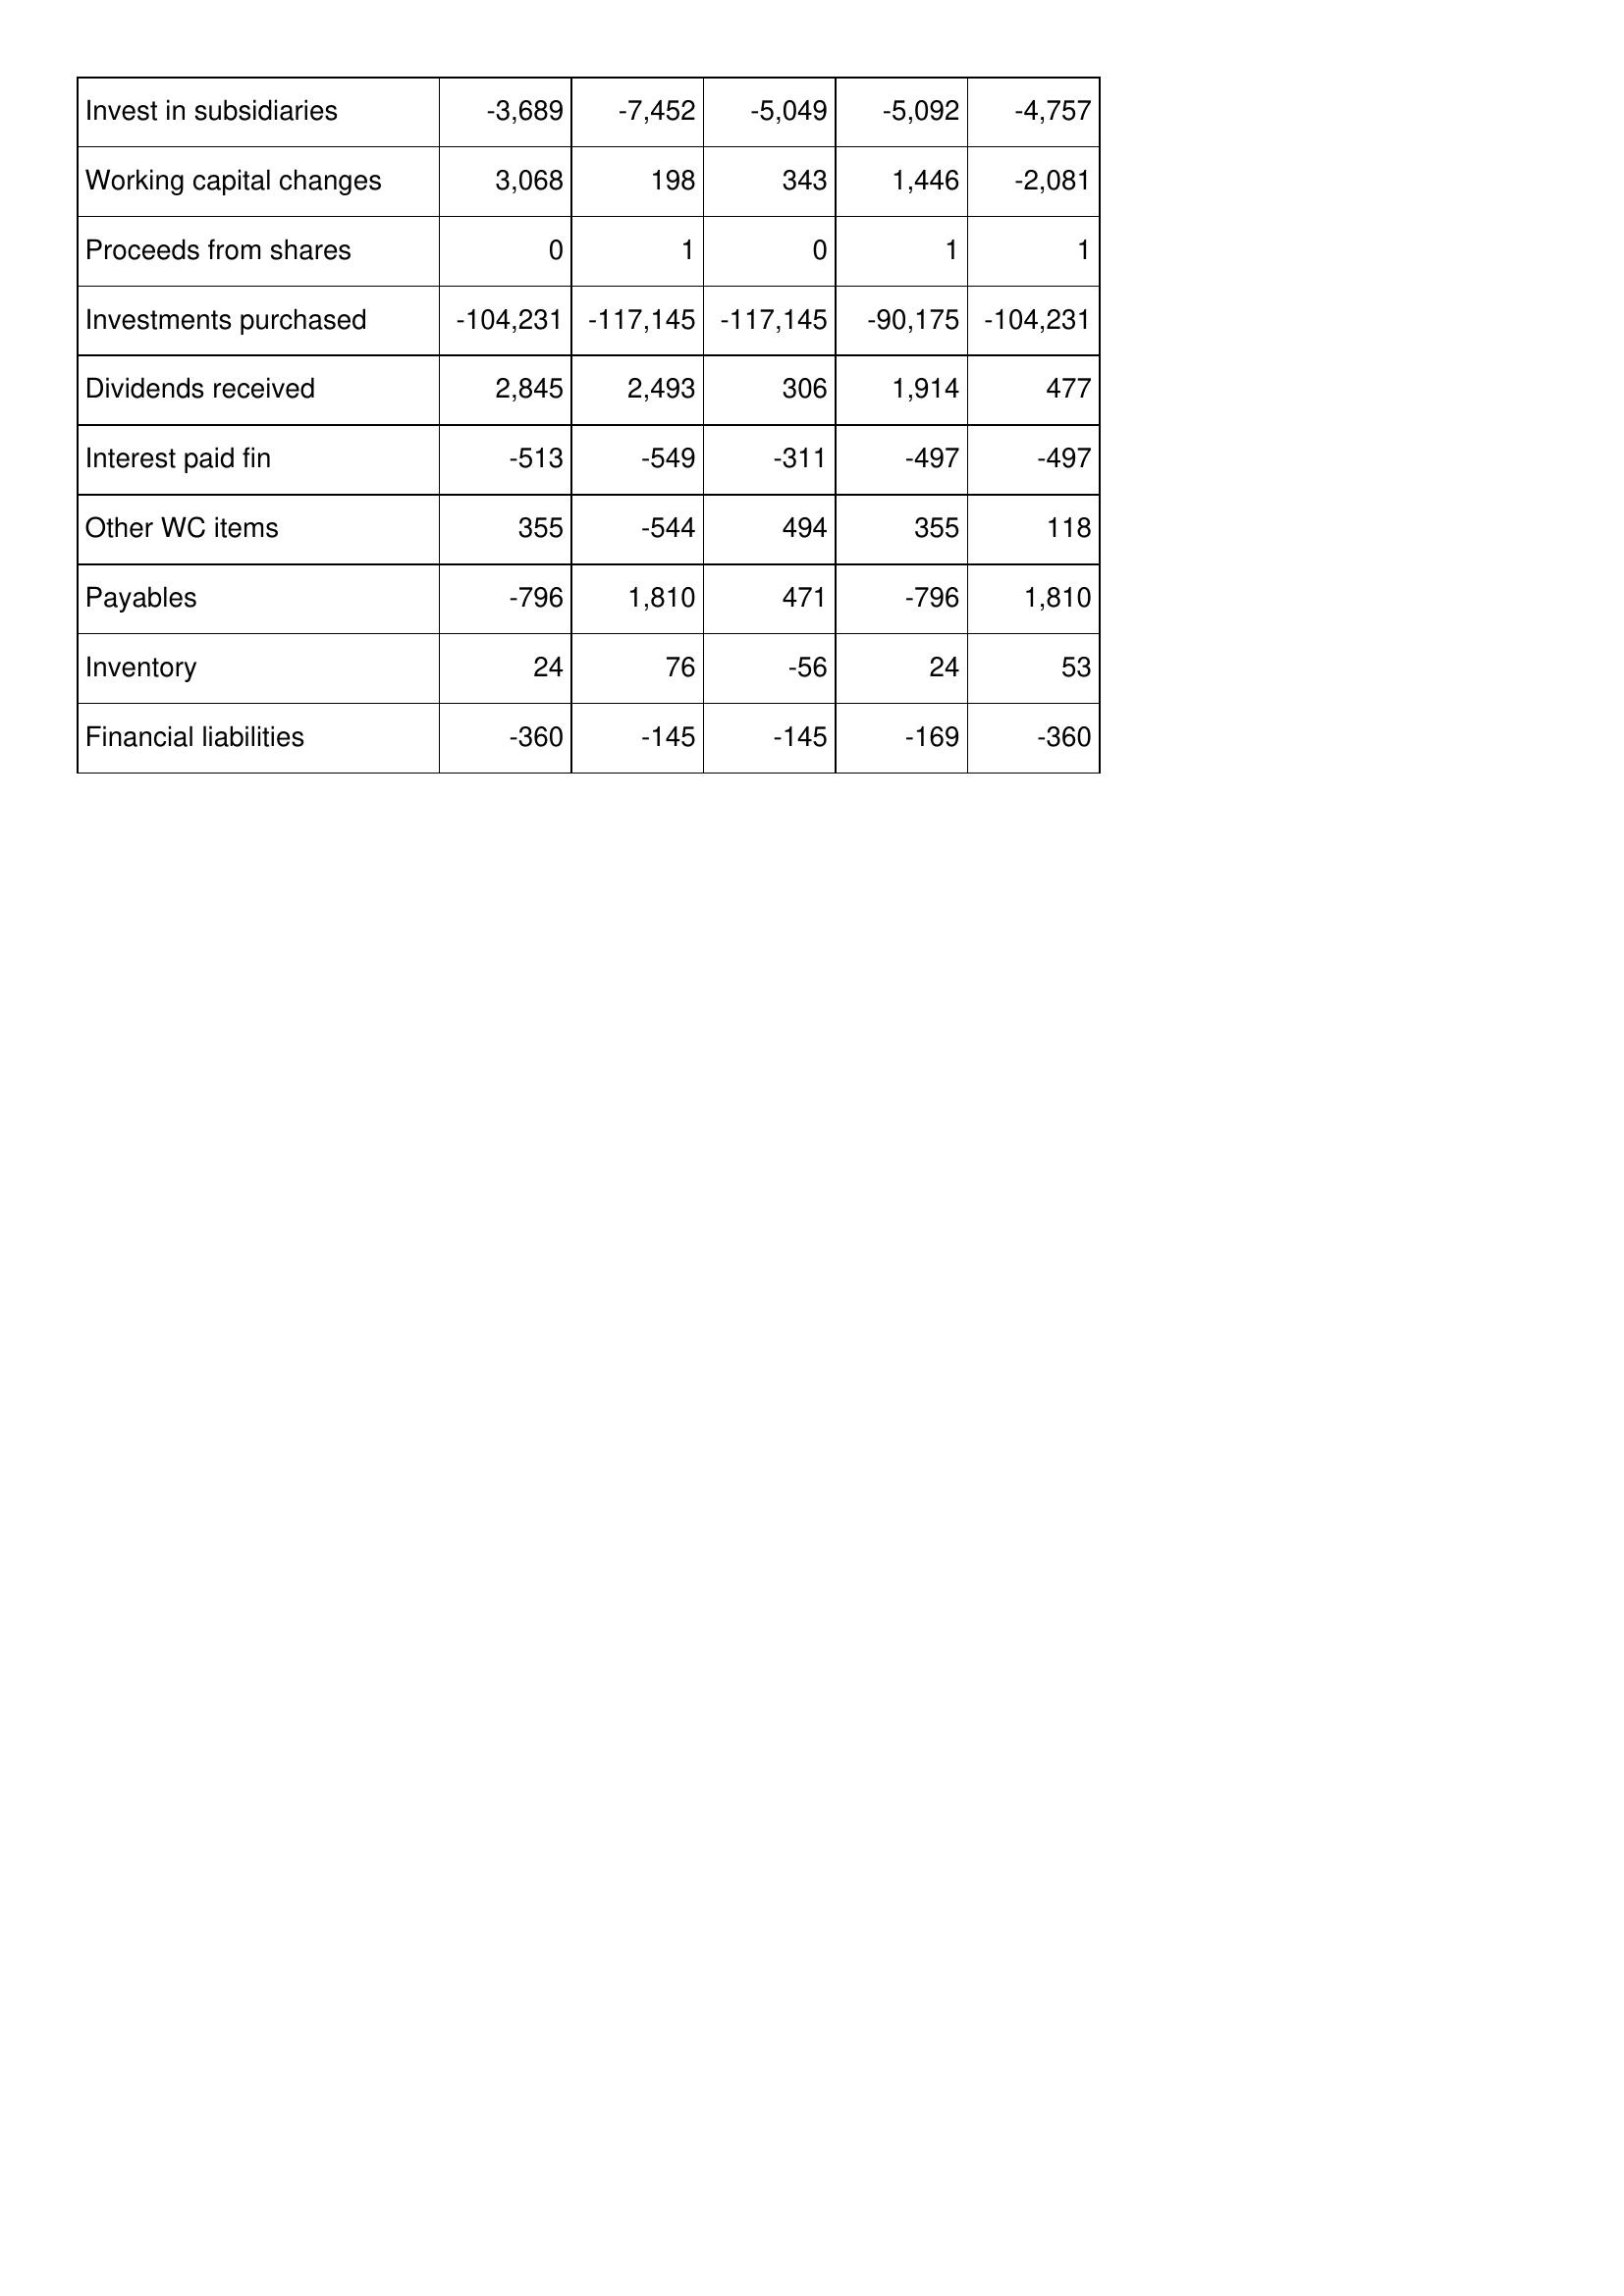
Nov-08: Cash Flows: Invest in subsidiaries: -3,689
Working capital changes: 3,068
Proceeds from shares: 0
Investments purchased: -104,231
Dividends received: 2,845
Interest paid fin: -513
Other WC items: 355
Payables: -796
Inventory: 24
Financial liabilities: -360
Nov-09: Cash Flows: Invest in subsidiaries: -7,452
Working capital changes: 198
Proceeds from shares: 1
Investments purchased: -117,145
Dividends received: 2,493
Interest paid fin: -549
Other WC items: -544
Payables: 1,810
Inventory: 76
Financial liabilities: -145
Nov-10: Cash Flows: Invest in subsidiaries: -5,049
Working capital changes: 343
Proceeds from shares: 0
Investments purchased: -117,145
Dividends received: 306
Interest paid fin: -311
Other WC items: 494
Payables: 471
Inventory: -56
Financial liabilities: -145
Nov-11: Cash Flows: Invest in subsidiaries: -5,092
Working capital changes: 1,446
Proceeds from shares: 1
Investments purchased: -90,175
Dividends received: 1,914
Interest paid fin: -497
Other WC items: 355
Payables: -796
Inventory: 24
Financial liabilities: -169
Nov-12: Cash Flows: Invest in subsidiaries: -4,757
Working capital changes: -2,081
Proceeds from shares: 1
Investments purchased: -104,231
Dividends received: 477
Interest paid fin: -497
Other WC items: 118
Payables: 1,810
Inventory: 53
Financial liabilities: -360